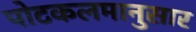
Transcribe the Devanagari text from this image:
पोटकलमानुसार